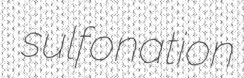
sulfonation